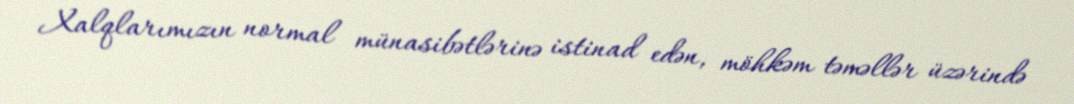
Xalqlarımızın normal münasibətlərinə istinad edən, möhkəm təməllər üzərində